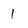
Character: 1